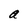
Character: a